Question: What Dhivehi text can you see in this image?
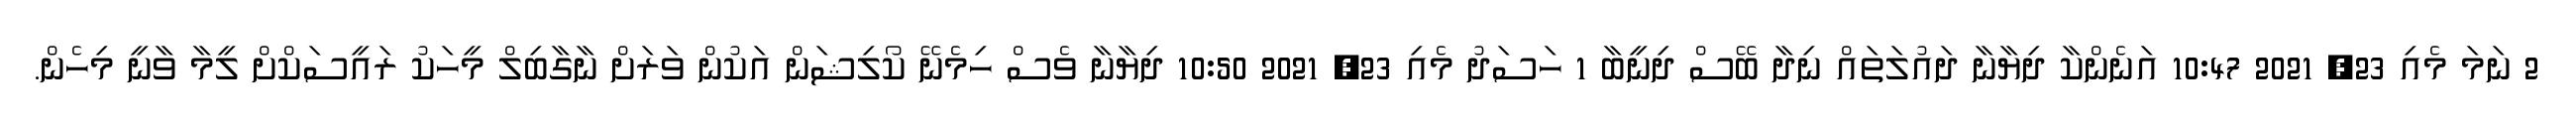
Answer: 2 ނަމަ މެއި 23, 2021 10:47 އަނެންކާ ދިޔާނާ ދައުލަތައް ނިދާ ބޭސް ދިނީބާ 1 ހަސަދު މެއި 23, 2021 10:50 ދިޔާނާ ވެސް ހިމެނޭ ކޯލިޝަން އަކުން ވަރަށް ނާގާބިލް މީހަކު ރައީސަކްށް ލީމާ ވާނީ މިހެން.